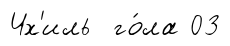
Чх'иль го́ла 03